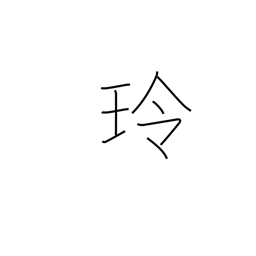
Meaning: sound of jewels